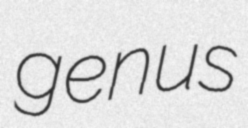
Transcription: genus